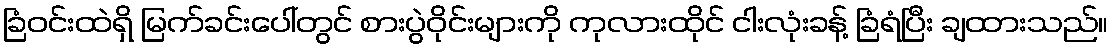
ခြံဝင်းထဲရှိ မြက်ခင်းပေါ်တွင် စားပွဲဝိုင်းများကို ကုလားထိုင် ငါးလုံးခန့် ခြံရံပြီး ချထားသည်။